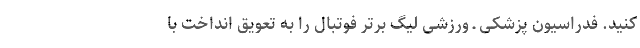
کنید. فدراسیون پزشکی ـ ورزشی لیگ برتر فوتبال را به تعویق انداخت با